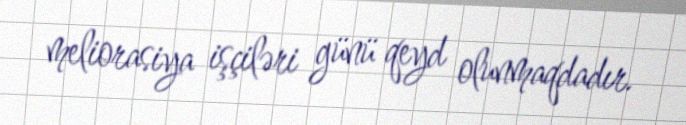
meliorasiya işçiləri günü qeyd olunmaqdadır.